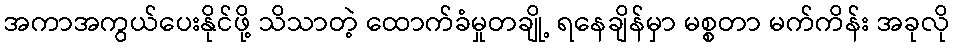
အကာအကွယ်ပေးနိုင်ဖို့ သိသာတဲ့ ထောက်ခံမှုတချို့ ရနေချိန်မှာ မစ္စတာ မက်ကိန်း အခုလို